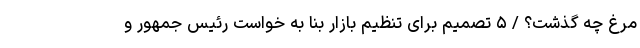
مرغ چه گذشت؟ / ۵ تصمیم برای تنظیم بازار بنا به خواست رئیس جمهور و